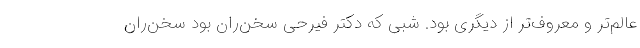
عالم‌تر و معروف‌تر از دیگری بود. شبی که دکتر فیرحی سخن‌ران بود سخن‌ران